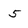
Character: 5